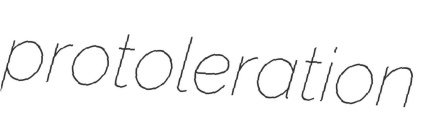
protoleration